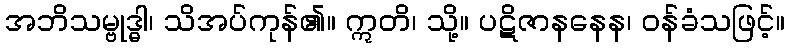
အဘိသမ္ဗုဒ္ဓါ၊ သိအပ်ကုန်၏။ ဣတိ၊ သို့။ ပဋိဇာနနေန၊ ဝန်ခံသဖြင့်။